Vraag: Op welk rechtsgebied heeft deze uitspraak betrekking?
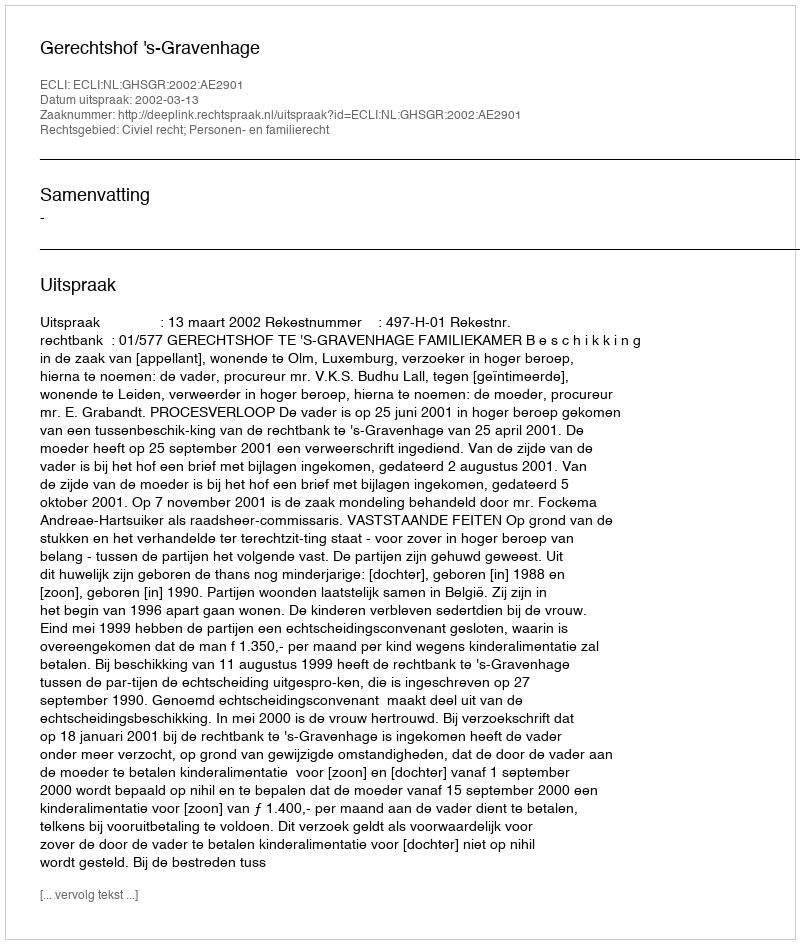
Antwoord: Civiel recht; Personen- en familierecht